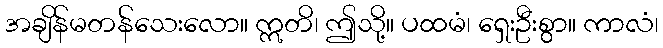
အချိန်မတန်သေးလော။ ဣတိ၊ ဤသို့။ ပထမံ၊ ရှေးဦးစွာ။ ကာလံ၊